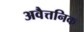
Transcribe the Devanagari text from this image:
अवैत्तनिक